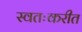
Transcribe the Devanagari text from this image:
स्वतःकरीत